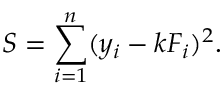
S = \sum _ { i = 1 } ^ { n } ( y _ { i } - k F _ { i } ) ^ { 2 } .